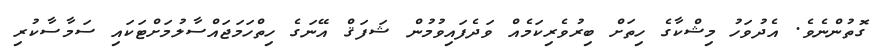
ގޮތުންނެވެ. އެދުވަހު މިޝްކާގެ ހިތަށް ބިރުވެރިކަމެއް ވަދެފައިވުމުން ޝަފަޤް އޭނަގެ ހިތްހަމަޖައްސާލުމަށްޓަކައި ސަމާސާކުރި